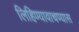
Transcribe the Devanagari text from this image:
लिहिण्यावाचण्यास